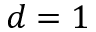
d = 1